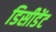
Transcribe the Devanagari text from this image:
डिसीडेंट